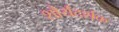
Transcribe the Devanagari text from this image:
शौर्यदर्शक